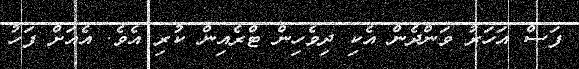
ފަސް އަހަރު ވަންދެން އެކި ދިވެހިން ޓްރެއިން ކުރި އެވެ. އެއަށް ފަހު